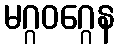
မဂ္ဂဝဂ္ဂေန